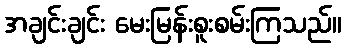
အချင်းချင်း မေးမြန်းစူးစမ်းကြသည်။